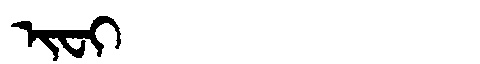
Manchu: ᡳᠸᡳ
Romanization: IFI